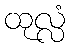
ထုလ္လံ